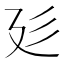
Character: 𢌘